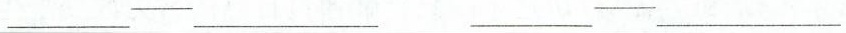
___——___ ___——___